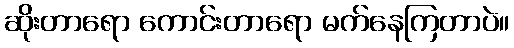
ဆိုးတာရော ကောင်းတာရော မက်နေကြတာပဲ။